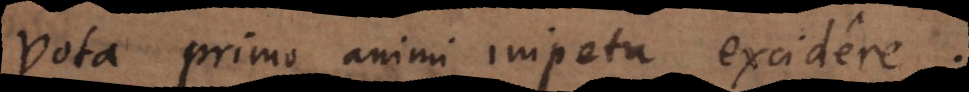
vota primo animi impetu excidere.